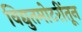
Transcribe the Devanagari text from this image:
विद्युतमोटरींतून